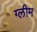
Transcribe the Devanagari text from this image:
ग्लीम